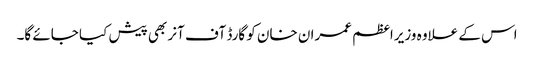
اس کے علاوہ وزیراعظم عمران خان کو گارڈ آف آنر بھی پیش کیا جائے گا۔